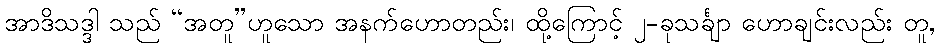
အာဒိသဒ္ဒါ သည် “အတူ”ဟူသော အနက်ဟောတည်း၊ ထို့ကြောင့် ၂-ခုသင်္ချာ ဟောချင်းလည်း တူ,